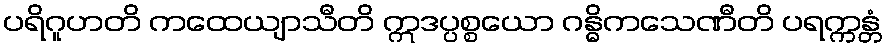
ပရိဂူဟတိ ကထေယျာသီတိ ဣဒပ္ပစ္စယော ဂန္ဓိကသေဏီတိ ပရက္ကန္တံ